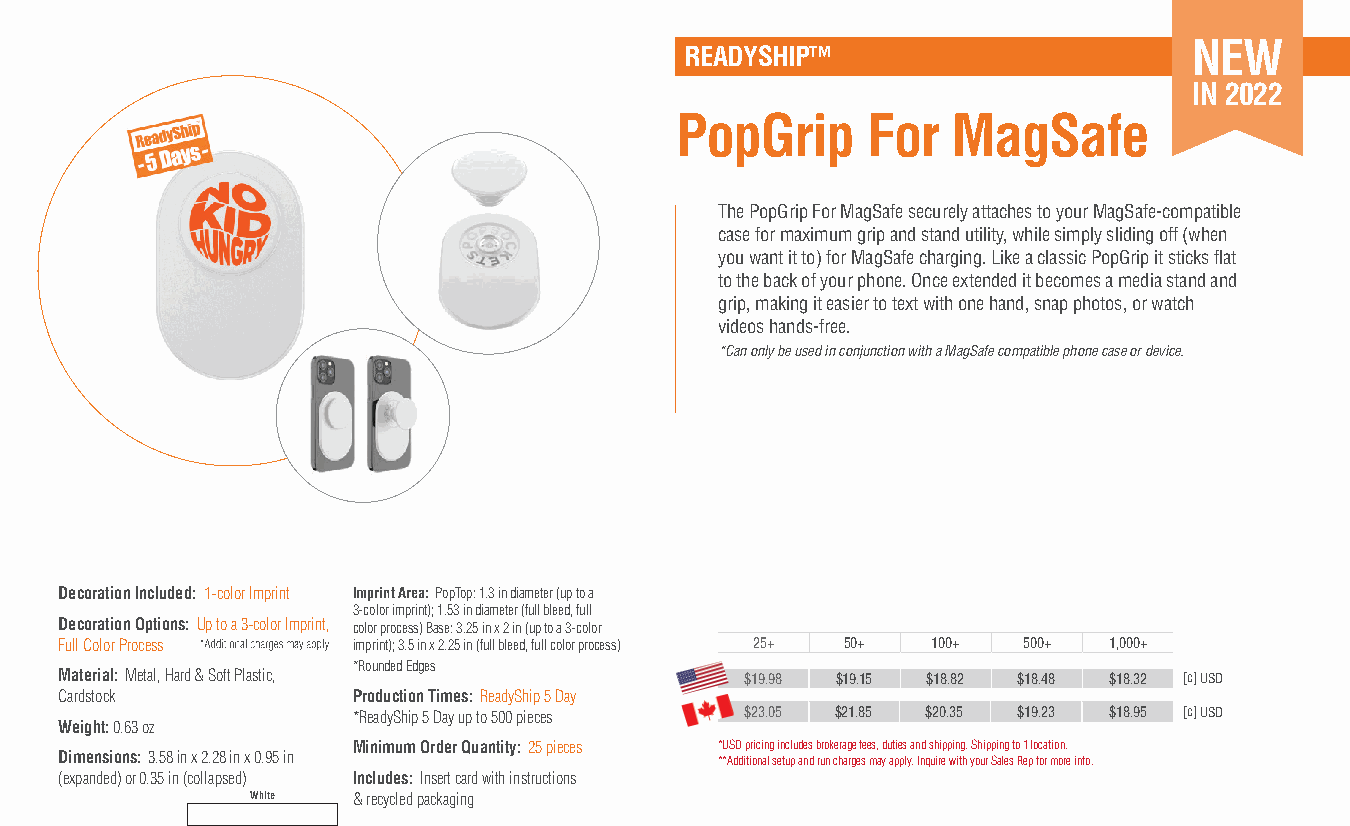
NEW
 READYSHIP™
 IN 2022
 PopGrip     For   MagSafe
 The PopGrip For MagSafe securely attaches to your MagSafe-compatible
 case for maximum grip and stand utility, while simply sliding off (when
 you want it to) for MagSafe charging. Like a classic PopGrip it sticks flat
 to the back of your phone. Once extended it becomes a media stand and
 grip, making it easier to text with one hand, snap photos, or watch
 videos hands-free.
 *Can only be used in conjunction with a MagSafe compatible phone case or device.
 Decoration Included: 1-color Imprint Imprint Area: PopTop: 1.3 in diameter (up to a
 3-color imprint); 1.53 in diameter (full bleed, full
 Decoration Options: Up to a 3-color Imprint, color process) Base: 3.25 in x 2 in (up to a 3-color
 Full Color Process imprint); 3.5 in x 2.25 in (full bleed, full color process) 25+ 50+ 100+ 500+ 1,000+
 *Rounded Edges
 Material: Metal, Hard & Soft Plastic,        $19.98 $19.15 $18.82 $18.48 $18.32 [c] USD
 Cardstock          Production Times: ReadyShip 5 Day
 *ReadyShip 5 Day up to 500 pieces $23.05 $21.85 $20.35 $19.23 $18.95 [c] USD
 Weight: 0.63 oz
 Minimum Order Quantity: 25 pieces *USD pricing includes brokerage fees, duties and shipping. Shipping to 1 location.
 Dimensions: 3.58 in x 2.28 in x 0.95 in     **Additional setup and run charges may apply. Inquire with your Sales Rep for more info.
 (expanded) or 0.35 in (collapsed) Includes: Insert card with instructions
 White & recycled packaging